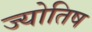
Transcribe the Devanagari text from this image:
ज्योतिष